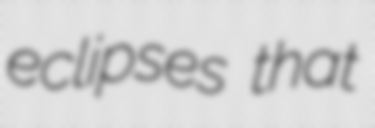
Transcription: eclipses that